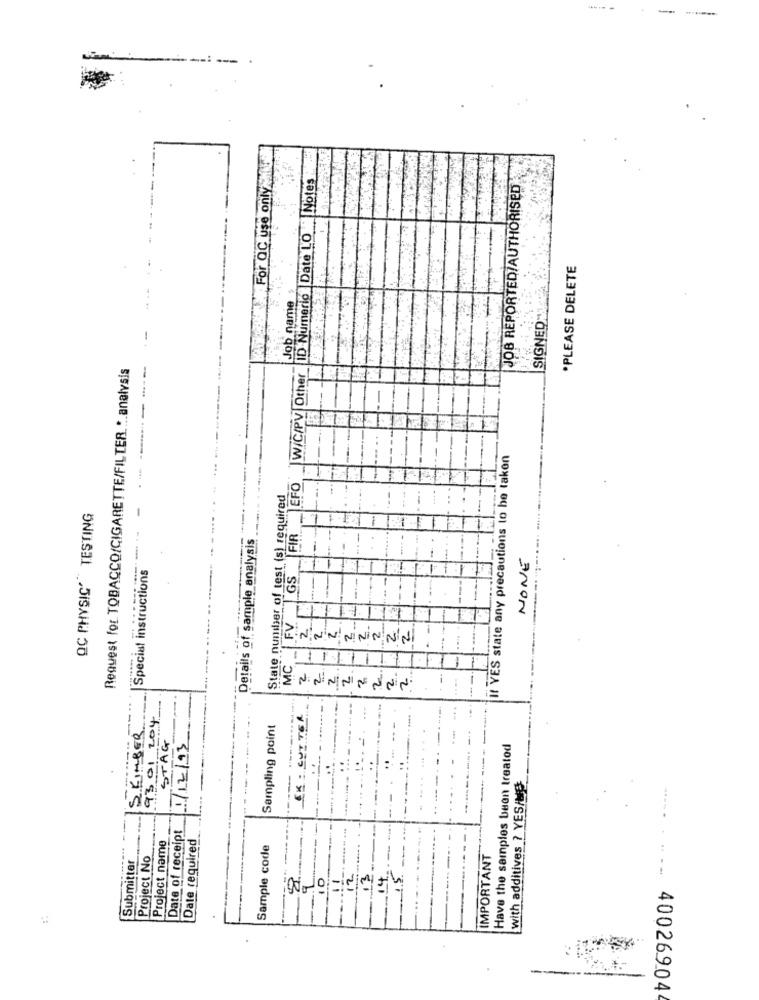
-
For QC use only Min
W/C/PV Other ID Numeric Date LO - Notes
JOB REPORTED/AUTHORISED
*PLEASE DELETE
Job name
SIGNED
-
Request for TOBACCO/CIGARETTE/FILTER. .. analysis
---
If YES state any precautions to be taken
EFO
State nunsher of test (s) required
-
QC PHYSIC' TESTING
Details of sample analysis
FIR
-
NONE
Special instructions
GS
-
EINNN !!
NININNN
-
MC
2
2
2
2.
2
...
93 01 204
Sampling point
S KIMBER
STAG
1/12/93
Have the samples been treated
with additives ? YES/NO
----..
X
...... ...
Project name
Date of receipt
Date required
1
i
Sample code
-
--
-. .
Submitter
Project No
IMPORTANT
11
12
15
---
40026904